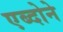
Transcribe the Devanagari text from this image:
एब्दोने